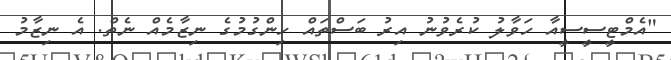
"އެމްޓީސީސީއާ ހަވާލު ކުރެވުނު އިރު ބަސްތައް ހިންގުމުގެ ނިޒާމެއް ނެތް. އެ ނިޒާމު